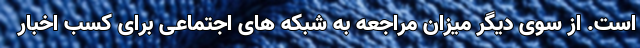
است. از سوی دیگر میزان مراجعه به شبکه­ های اجتماعی برای کسب اخبار